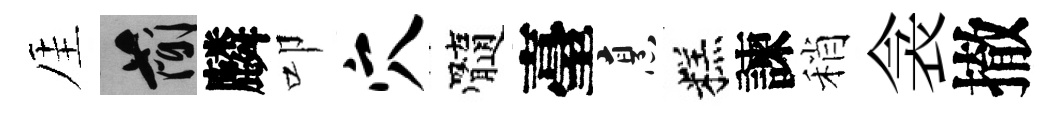
厓簡麟叩穴髓臺烹糕諫稍衾撤